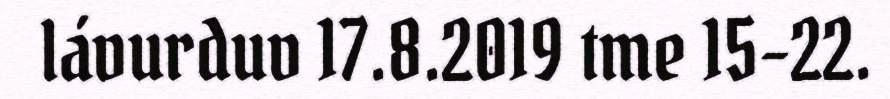
lávurduv 17.8.2019 tme 15-22.